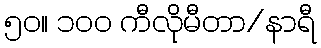
၅၀။ ၁၀၀ ကီလိုမီတာ/နာရီ